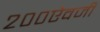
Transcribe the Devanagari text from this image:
२००ऐवजी